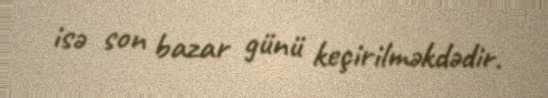
isə son bazar günü keçirilməkdədir.